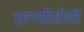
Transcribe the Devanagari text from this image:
आयसीसीशी